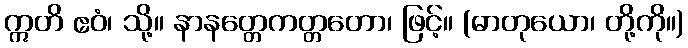
ဣတိ ဧဝံ၊ သို့။ နာနတ္တေကတ္တတော၊ ဖြင့်။ (ဓာတုယော၊ တို့ကို။)